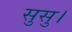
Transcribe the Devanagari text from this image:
सुसु।